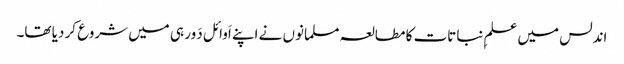
اندلس میں علمِ نباتات کا مطالعہ مسلمانوں نے اپنے اَوائل دَور ہی میں شروع کر دیا تھا۔